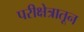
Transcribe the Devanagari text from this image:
परीक्षेत्रातून